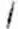
/